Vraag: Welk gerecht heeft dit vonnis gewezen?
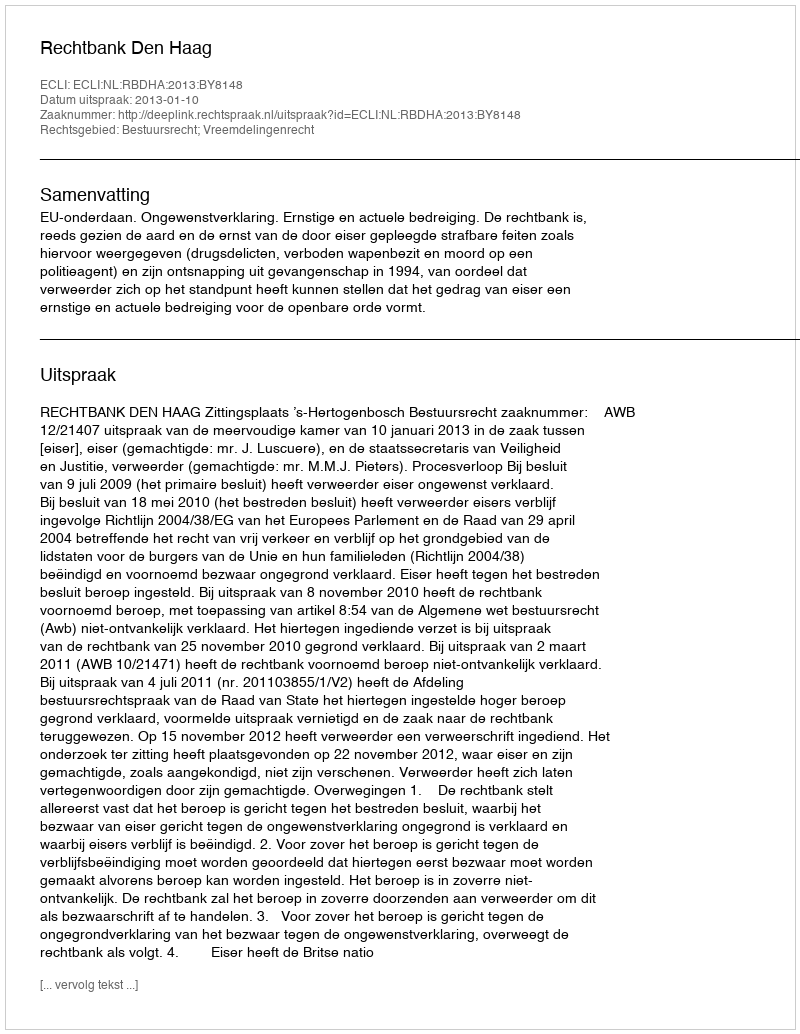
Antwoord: Rechtbank Den Haag